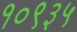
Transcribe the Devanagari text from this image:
१०९३५